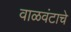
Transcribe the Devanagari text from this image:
वाळवंटाचे